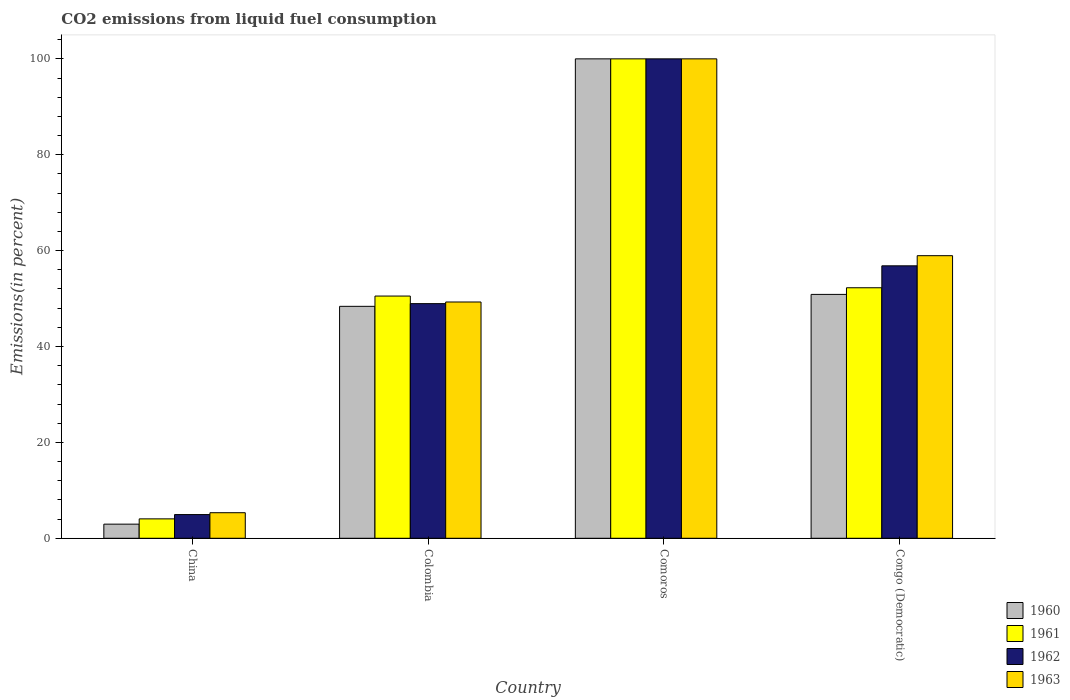
| Country | 1960 | 1961 | 1962 | 1963 |
 | --- | --- | --- | --- | --- |
 | China | 2.95 | 4.05 | 4.95 | 5.33 |
 | Colombia | 48.4 | 50.5 | 48.9 | 49.3 |
 | Comoros | 100 | 100 | 100 | 100 |
 | Congo (Democratic) | 50.9 | 52.3 | 56.8 | 58.9 |